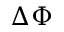
\Delta \Phi